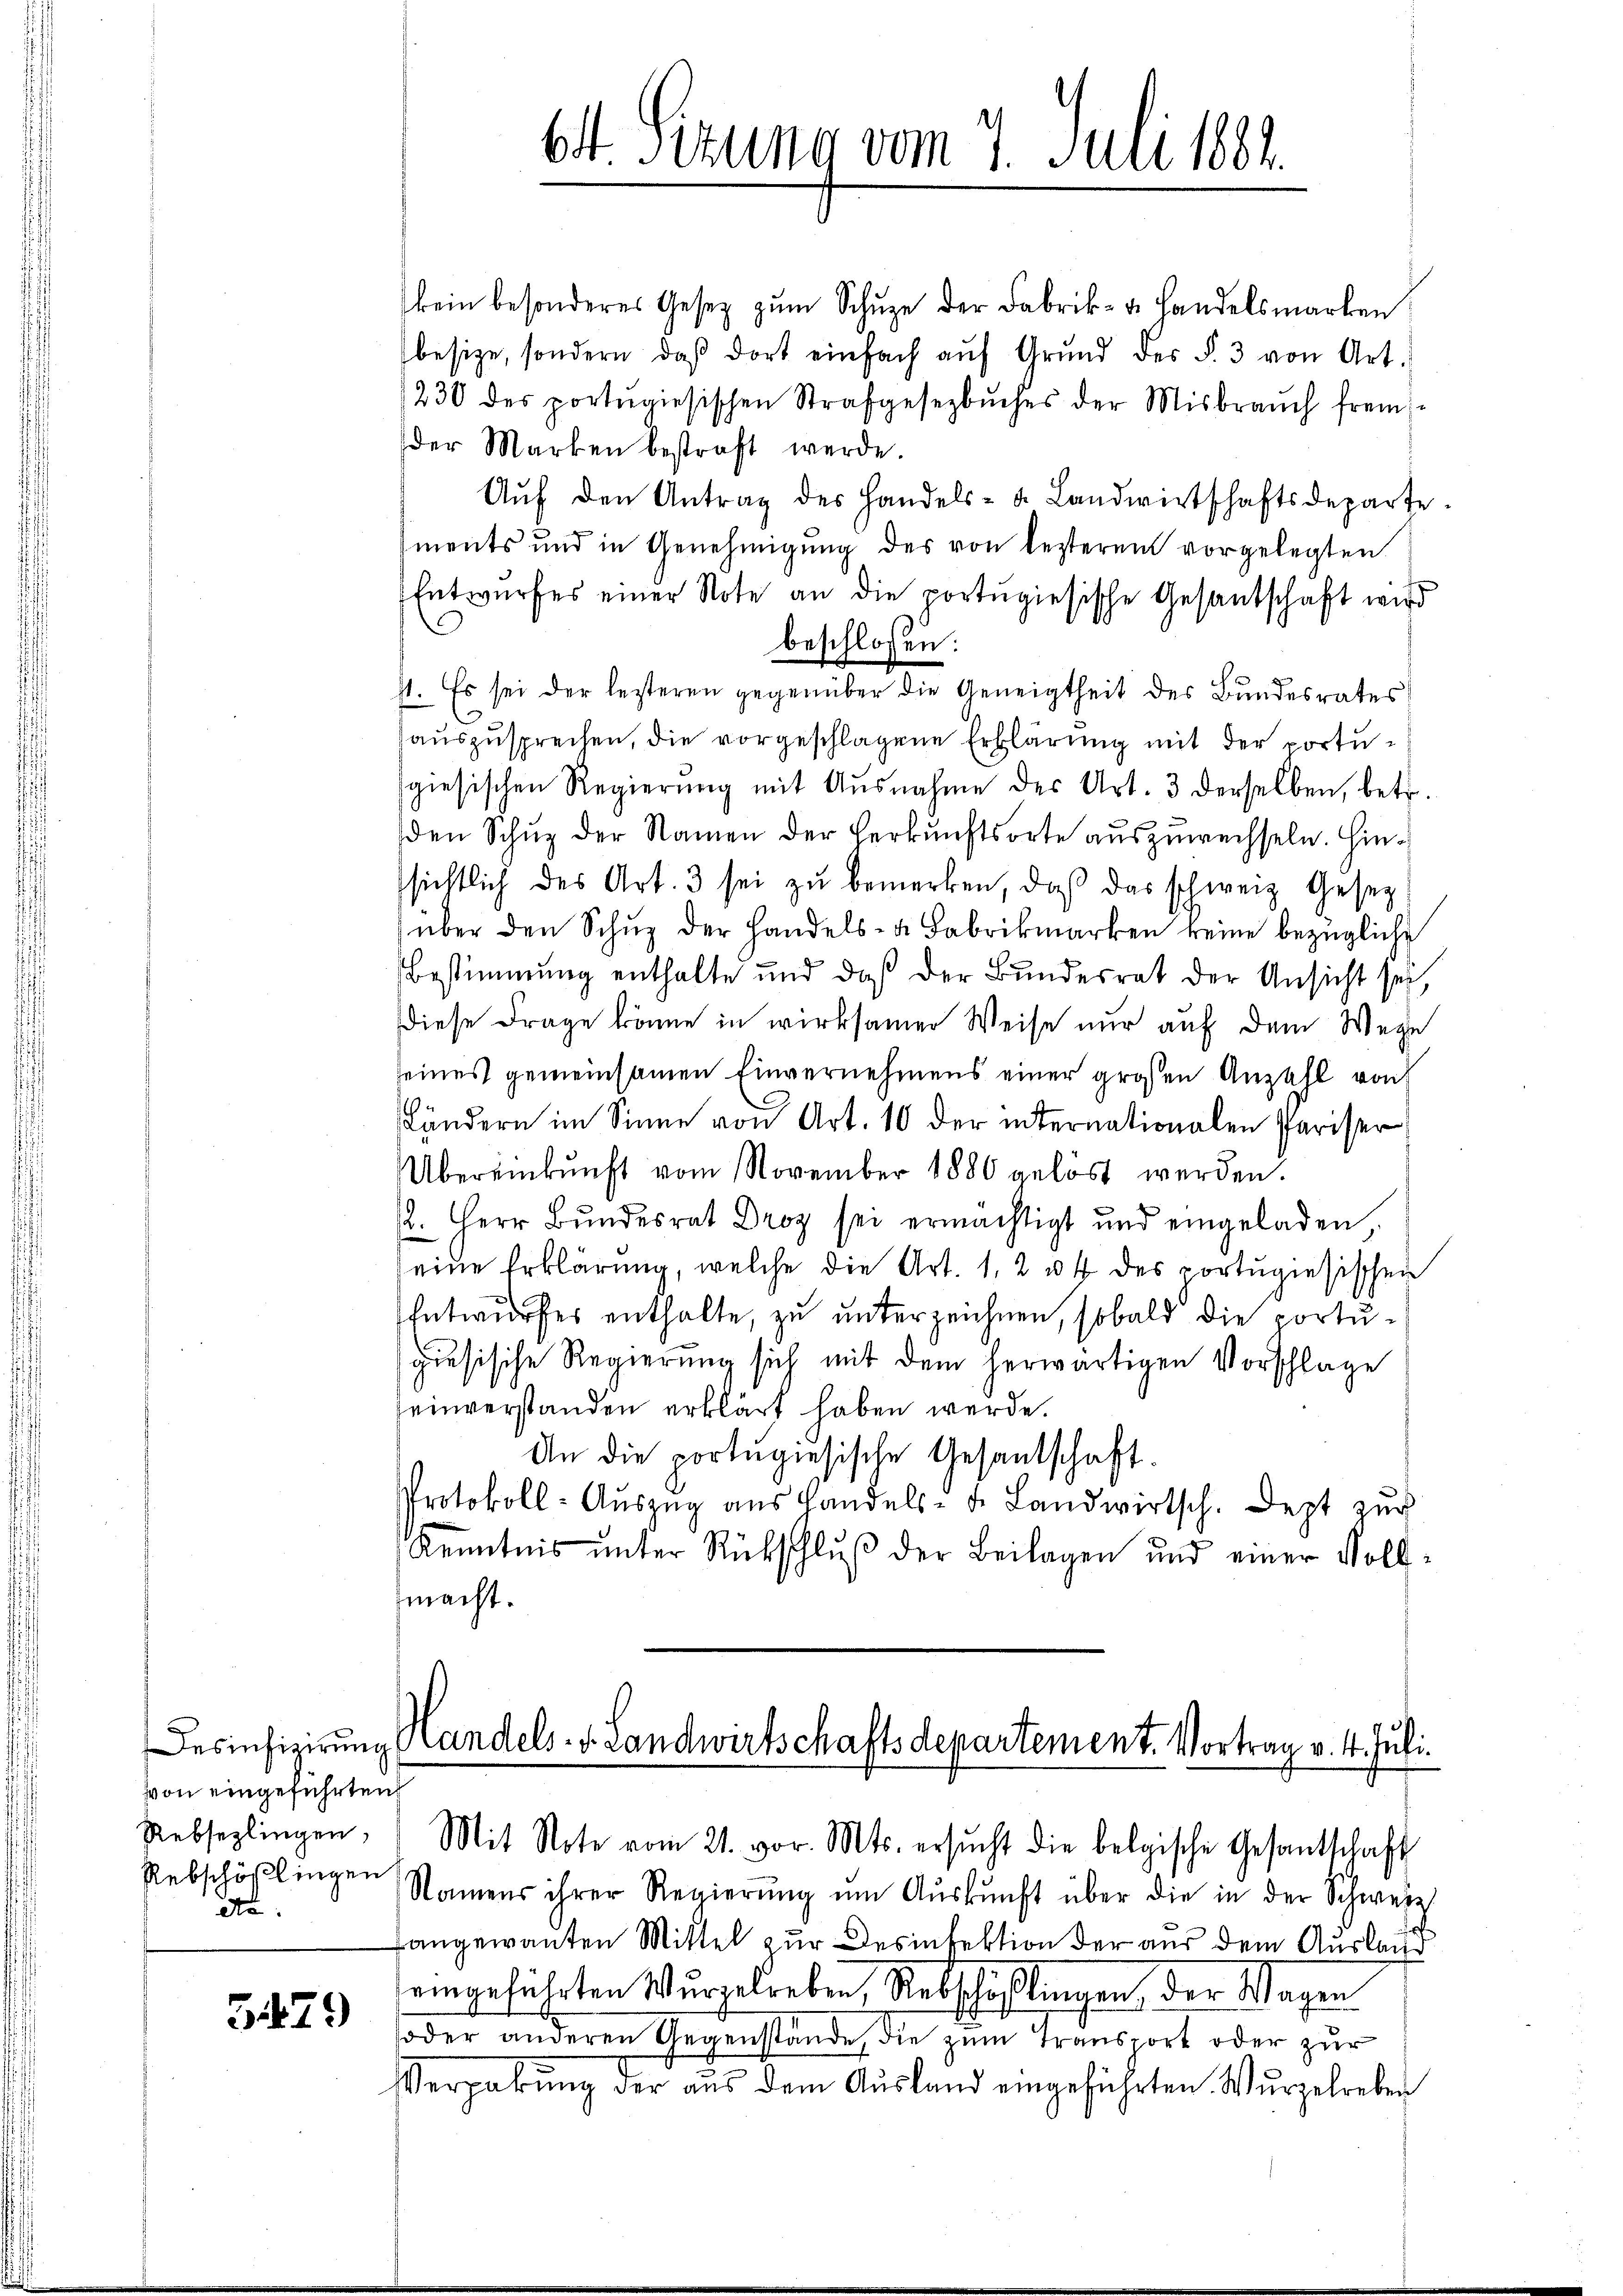
von eingeführten
Rebsezlingen,
Rebschöflingen
da

5479

kein besonderes Gesetz zum Schuze der Fabrik- u. Handelsmarken
besize, sondern, daß dort einfach aŭf Grŭnd des §. 3 von Art.
230 des portŭgiesischen Strafgesezbŭches der Misbrauch fremder Marken bestraft werde.
Aŭf den Antrag des Handels- u. Landwirtschaftsdeparte
Iments und in Genehmigŭng des von lezterem vorgelegten
Entwurfes einer Note an die portugiesische Gesantschaft wird
beschlossen:
st. Es sei der lezteren gegenüber die Geneigtheit des Bundesrates
auszusprechen, die vorgeschlagene Erklärung mit der portusgiesischen Regierung mit Ausnahme des Art. 3 derselben, betr.
den Schuz der Namen der Herkunftsorte auszuwechseln. Hinsichtlich des Art. 3 sei zŭ bemerken, daβ das schweiz. Geset
über den Schŭz der Handels- u. Fabrikmarken keine bezügliche
Bestimmung enthalte und daß der Bundesrat der Ansicht sei,
diese Frage könne in wirksamer Weise nur auf dem Wege
seines gemeinsamen Einvernehmens einer großen Anzahl von
Ländern im Sinne von Art. 10 der internationalen Parisser
Übereinkunft vom November 1880 gelöst werden.
2. Herr Bŭndesrat Droy sei ermächtigt und eingeladen,
eine Erklärung, welche die Art. 1, 2 & 4 des portugiesischen
Entwurfes enthalte, zu unterzeichnen, sobald die portugisische Regierung sich mit dem herwärtigen Vorschlage
einverstanden erklärt haben werde.
An die portugisische Gesandschaft.
Protokoll- Aŭszŭg aŭs Handels- u. Landwirtsch. Dept zur
Kenntnis unter Rückschluß der Beilagen und einer Vollmacht.

6t Sizung vom 7. Juli 1881.

Desinfizierung Handels- v. Landwirtschaftsdepartement. Vortrag v. 4. Juli.
Mit Note vom 21. vor. Mts. ersŭcht die belgische Gesantschaft

Namens ihrer Regierŭng ŭm Aŭskŭnft über die in der Schweiz
rangewanten Mittel zur Desinfektion der aus dem Auslaus
eingeführten Wurzelreben, Rebschäßlingen, der Wagen
soder anderen Gegenstände, die zum Transport oder zur
Vergabung der aus dem Ausland eingeführten Wurzelreben